Indian journal of veterinary science and animal husbandry - Volumes 15-17, 1948-1951
Year: 1948
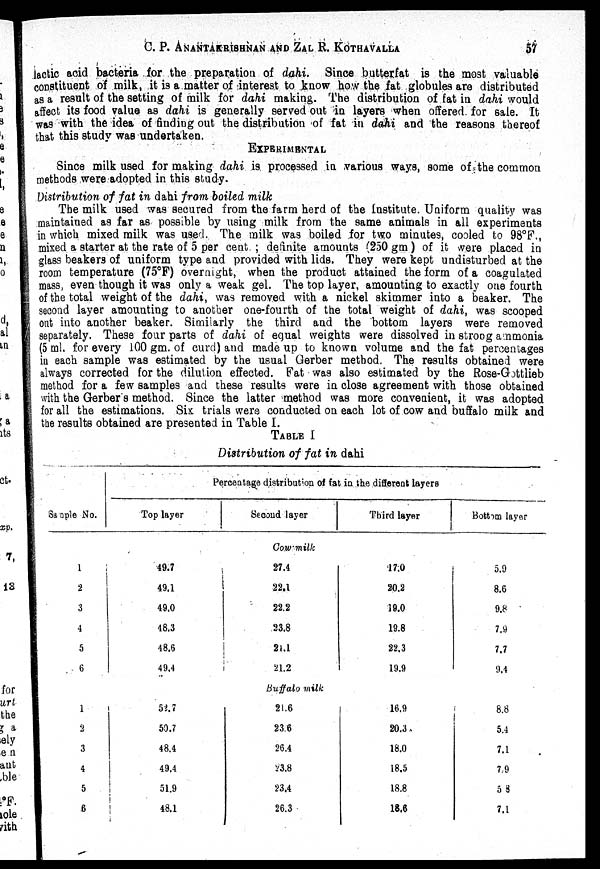
C. P. ANANTAKRISHNAN AND ZAL R. KOTHAVALLA
57
lactic acid bacteria for the preparation of dahi. Since butterfat is the most valuable
constituent of milk, it is a matter of interest to know how the fat globules are distributed
as a result of the setting of milk for dahi making. The distribution of fat in dahi would
affect its food value as dahi is generally served out in layers when offered for sale. It
was with the idea of finding out the distribution of fat in dahi and the reasons thereof
that this study was undertaken.
EXPERIMENTAL
Since milk used for making dahi is processed in various ways, some of the common
methods were adopted in this study.
Distribution of fat in dahi from boiled milk
The milk used was secured from the farm herd of the Institute. Uniform quality was
maintained as far as possible by using milk from the same animals in all experiments
in which mixed milk was used. The milk was boiled for two minutes, cooled to 98°F.,
mixed a starter at the rate of 5 per cent. ; definite amounts (250 gm) of it were placed in
glass beakers of uniform type and provided with lids. They were kept undisturbed at the
room temperature (75°F) overnight, when the product attained the form of a coagulated
mass, even though it was only a weak gel. The top layer, amounting to exactly one fourth
of the total weight of the dahi, was removed with a nickel skimmer into a beaker. The
second layer amounting to another one-fourth of the total weight of dahi, was scooped
out into another beaker. Similarly the third and the bottom layers were removed
separately. These four parts of dahi of equal weights were dissolved in strong ammonia
(5 ml. for every 100 gm. of curd) and made up to known volume and the fat percentages
in each sample was estimated by the usual Gerber method. The results obtained were
always corrected for the dilution effected. Fat was also estimated by the Rose-Gottlieb
method for a few samples and these results were in close agreement with those obtained
with the Gerber s method. Since the latter method was more convenient, it was adopted
for all the estimations. Six trials were conducted on each lot of cow and buffalo milk and
the results obtained are presented in Table I.
TABLE I
Distribution of fat in dahi
Sample No.
1
2
3
4
5
6
1
2
3
4
5
6
Percentage distribution of fat in the different layers
Top layer
Second layer
Third layer
Bottom layer
Cow-milk
49.7
49.1
49.0
48.3
48.6
49.4
27.4
22.1
22.2
23.8
24.1
21.2
17.0
20.2
19.0
19.8
22.3
19.9
5.9
8.6
9.8
7.9
7.7
9.4
Buffalo milk
52.7
50.7
48.4
49.4
51.9
48.1
21.6
23.6
26.4
23.8
23.4
26.3
16.9
20.3
18.0
18.5
18.8
18.6
8.8
5.4
7.1
7.9
5.8
7.1